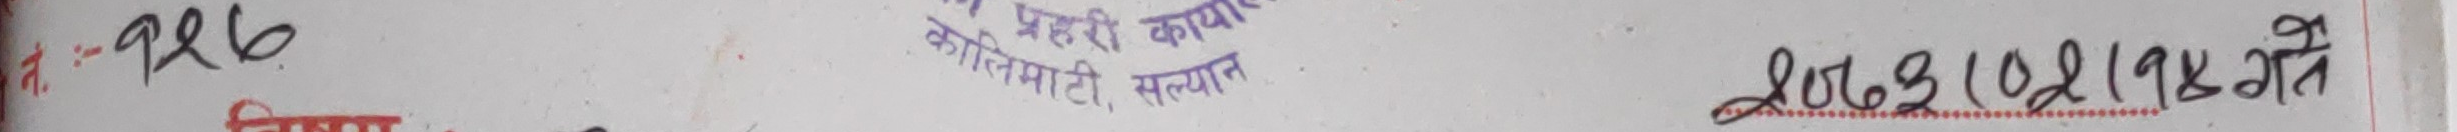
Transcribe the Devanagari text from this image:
नं.:- १२६ बेहरी कार्य कार्यालय कालिमाटी, सल्यान मितिः १८/१०/१४ गते